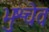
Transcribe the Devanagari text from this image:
भुश्चेव